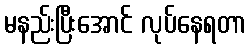
မနည်းပြီးအောင် လုပ်နေရတာ